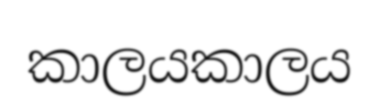
කාලයකාලය